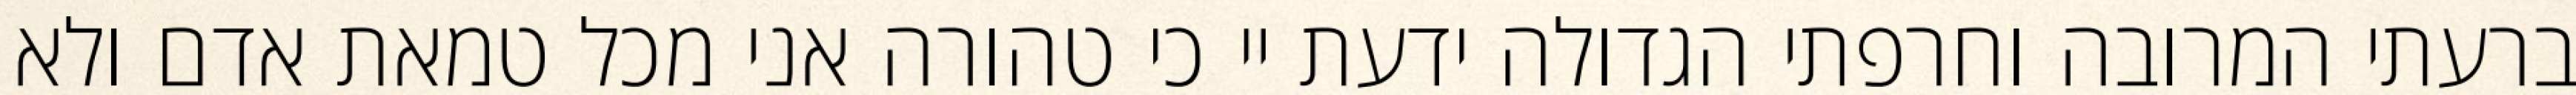
ברעתי המרובה וחרפתי הגדולה ידעת יי כי טהורה אני מכל טמאת אדם ולא